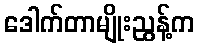
ဒေါက်တာမျိုးညွန့်က